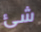
شئ